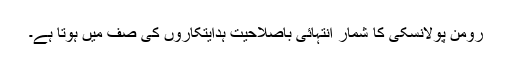
رومن پولانسکی کا شمار انتہائی باصلاحیت ہدایتکاروں کی صف میں ہوتا ہے۔